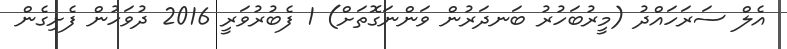
އެލް ސަރަހައްދު (މީރުބަހުރު ބަނދަރުން ވަންނަގޮތަށް) 1 ފެބުރުވަރީ 2016 ދުވަހުން ފެށިގެން